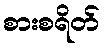
စားစရိတ်